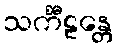
သင်္ကီဠန္တေ